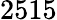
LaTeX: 2515